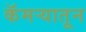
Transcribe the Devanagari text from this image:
कॅमऱ्यातून